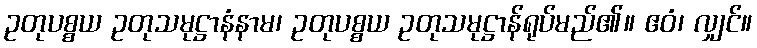
ဥတုပစ္စယ ဥတုသမုဋ္ဌာနံနာမ၊ ဥတုပစ္စယ ဥတုသမုဋ္ဌာန်ရုပ်မည်၏။ ဧဝံ၊ လျှင်။